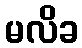
မလိခ